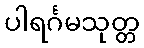
ပါရင်္ဂမသုတ္တ